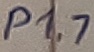
Text: P1.7